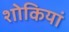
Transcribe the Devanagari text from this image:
शोकियां